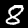
Label: 8